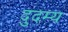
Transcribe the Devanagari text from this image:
दुदम्य